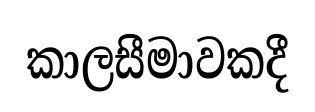
කාලසීමාවකදී